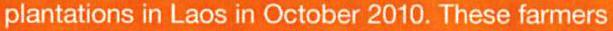
plantations in Laos in October 2010.These farmers